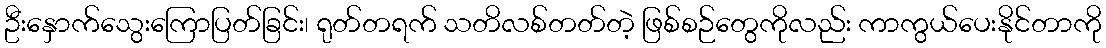
ဦးနှောက်သွေးကြောပြတ်ခြင်း၊ ရုတ်တရက် သတိလစ်တတ်တဲ့ ဖြစ်စဉ်တွေကိုလည်း ကာကွယ်ပေးနိုင်တာကို